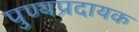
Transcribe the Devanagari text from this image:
पुण्यप्रदायक